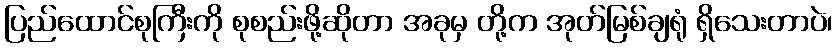
ပြည်ထောင်စုကြီးကို စုစည်းဖို့ဆိုတာ အခုမှ တို့က အုတ်မြစ်ချရုံ ရှိသေးတာပဲ၊